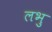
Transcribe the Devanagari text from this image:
लभु